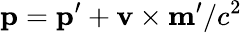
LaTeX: \mathbf p=\mathbf p^{\prime}+\mathbf v\times\mathbf m^{\prime}/c^{2}